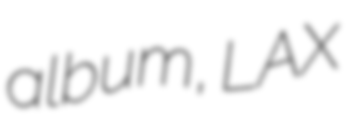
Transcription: album, LAX